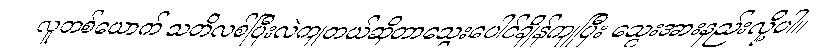
လူတစ်ယောက် သတိလစ်ပြီးလဲကျတယ်ဆိုတာသွေးပေါင်ချိန်ကျပြီး သွေးအားနည်းလို့ပါ။